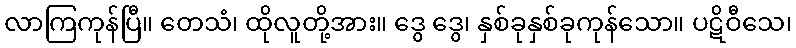
လာကြကုန်ပြီ။ တေသံ၊ ထိုလူတို့အား။ ဒွေ ဒွေ၊ နှစ်ခုနှစ်ခုကုန်သော။ ပဋိဝီသေ၊